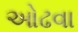
ઓઢવા